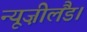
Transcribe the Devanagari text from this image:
न्यूज़ीलैंड।